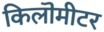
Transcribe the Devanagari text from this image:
किलॊमीटर